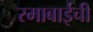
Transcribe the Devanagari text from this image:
रमाबाईची